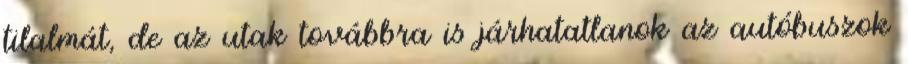
tilalmát, de az utak továbbra is járhatatlanok az autóbuszok